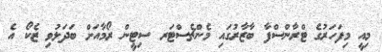
މިއީ މިފަހަރުގެ ޓްރާންސްފާ ބާޒާރުގައި މެންޗެސްޓަރ ސިޓީން ރޯމާއަށް ބަދަލުވި ޒެކޯ އެ